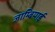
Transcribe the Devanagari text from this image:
जाम्बियाई